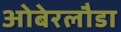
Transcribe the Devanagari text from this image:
ओबेरलौडा